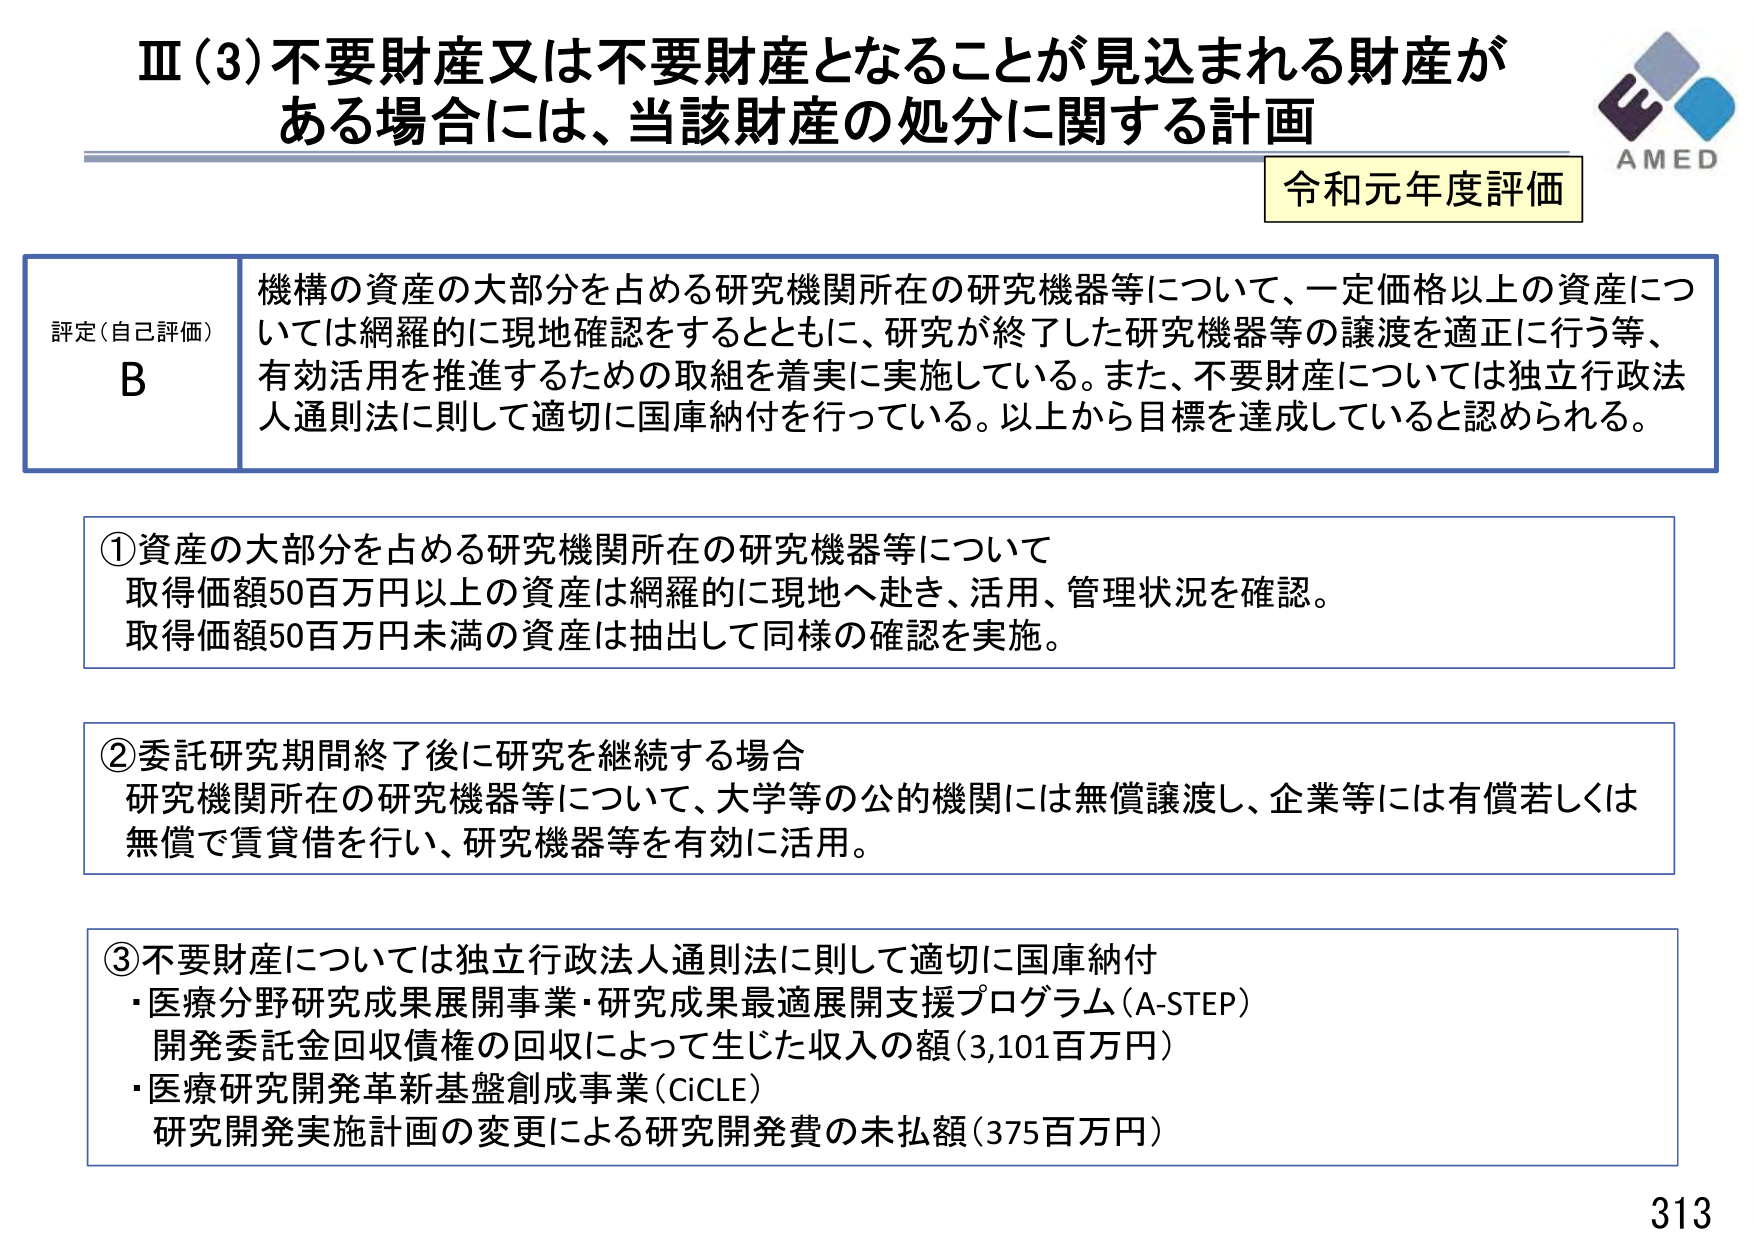
Ⅲ（3）不要財産又は不要財産となることが見込まれる財産がある場合には、当該財産の処分に関する計画

令和元年度評価

評定（自己評価）
B
機構の資産の大部分を占める研究機関所在の研究機器等について、一定価格以上の資産については網羅的に現地確認をするとともに、研究が終了した研究機器等の譲渡を適正に行う等、有効活用を推進するための取組を着実に実施している。また、不要財産については独立行政法人通則法に則して適切に国庫納付を行っている。以上から目標を達成していると認められる。

①資産の大部分を占める研究機関所在の研究機器等について
取得価額50百万円以上の資産は網羅的に現地へ赴き、活用、管理状況を確認。
取得価額50百万円未満の資産は抽出して同様の確認を実施。

②委託研究期間終了後に研究を継続する場合
研究機関所在の研究機器等について、大学等の公的機関には無償譲渡し、企業等には有償若しくは無償で賃貸借を行い、研究機器等を有効に活用。

③不要財産については独立行政法人通則法に則して適切に国庫納付
・医療分野研究成果展開事業・研究成果最適展開支援プログラム（A-STEP）
開発委託金回収債権の回収によって生じた収入の額（3,101百万円）
・医療研究開発革新基盤創成事業（CiCLE）
研究開発実施計画の変更による研究開発費の未払額（375百万円）

AMED
313